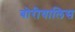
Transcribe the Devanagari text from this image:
बोरीयालिस